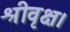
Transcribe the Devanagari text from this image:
श्रीवृक्ष।